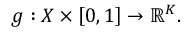
g : X \times \left[ 0 , 1 \right] \rightarrow \mathbb { R } ^ { K } .